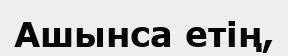
Ашынса етің,